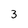
Character: 3